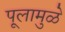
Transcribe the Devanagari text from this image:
पूलामुळे